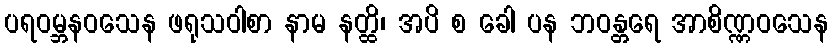
ပရဝမ္ဘနဝသေန ဖရုသဝါစာ နာမ နတ္ထိ၊ အပိ စ ခေါ ပန ဘဝန္တရေ အာစိဏ္ဏဝသေန